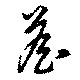
詹